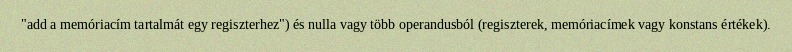
"add a memóriacím tartalmát egy regiszterhez") és nulla vagy több operandusból (regiszterek, memóriacímek vagy konstans értékek).